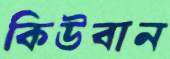
কিউবান